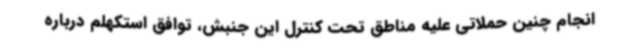
انجام چنین حملاتی علیه مناطق تحت کنترل این جنبش، توافق استکهلم درباره